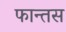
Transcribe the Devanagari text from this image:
फान्तस